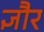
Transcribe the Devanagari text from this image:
ज्ञौर